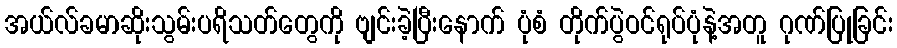
အယ်လ်ခမာဆိုးသွမ်းပရိသတ်တွေကို ဗျင်းခဲ့ပြီးနောက် ပုံစံ တိုက်ပွဲဝင်ရုပ်ပုံနဲ့အတူ ဂုဏ်ပြုခြင်း